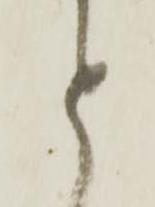
と